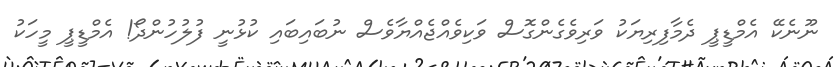
ނޫނެކޭ އެމްޑީޕީ ދެމާފިރިޔަކު ވަރިވެގެންގޮސް ވަކިވެއްޖެއްޔާވެސް ނުބައިބައި ކުޅުނީ ފުލުހުންދޯ! އެމްޑީޕީ މީހަކު